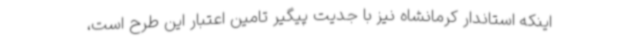
اینکه استاندار کرمانشاه نیز با جدیت پیگیر تامین اعتبار این طرح است،